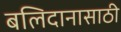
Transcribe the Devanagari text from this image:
बलिदानासाठी